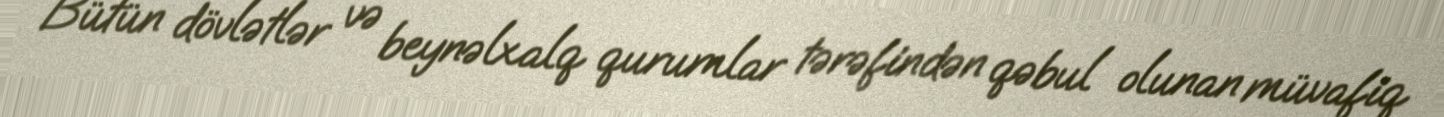
Bütün dövlətlər və beynəlxalq qurumlar tərəfindən qəbul olunan müvafiq